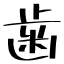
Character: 歯